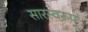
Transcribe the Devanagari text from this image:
सारस्वरूप